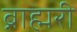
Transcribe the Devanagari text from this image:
ब्राह्मरी